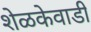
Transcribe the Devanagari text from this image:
शेळकेवाडी